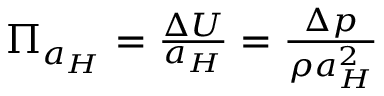
\begin{array} { r } { { { \Pi } } _ { a _ { H } } = \frac { \Delta U } { a _ { H } } = \frac { \Delta p } { \rho a _ { H } ^ { 2 } } } \end{array}